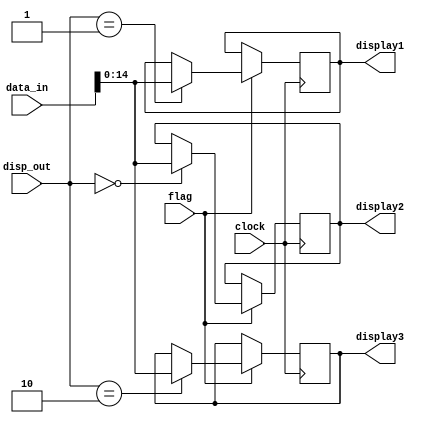
module modulo_saida
(
	clock,
	data_in,
	flag,
	disp_out,
	display1,
	display2,
	display3
);

input clock;
input [31:0] data_in;
input flag;
input [1:0] disp_out;

output reg[14:0]display1;
output reg[14:0]display2;
output reg[14:0]display3;

always @ (posedge clock) begin	
	if (flag==1) begin
		case (disp_out)
			2'b00: display2=data_in;
			2'b01: display1=data_in;
			2'b10: display3=data_in;
		endcase
	end
end

endmodule